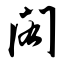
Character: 闳